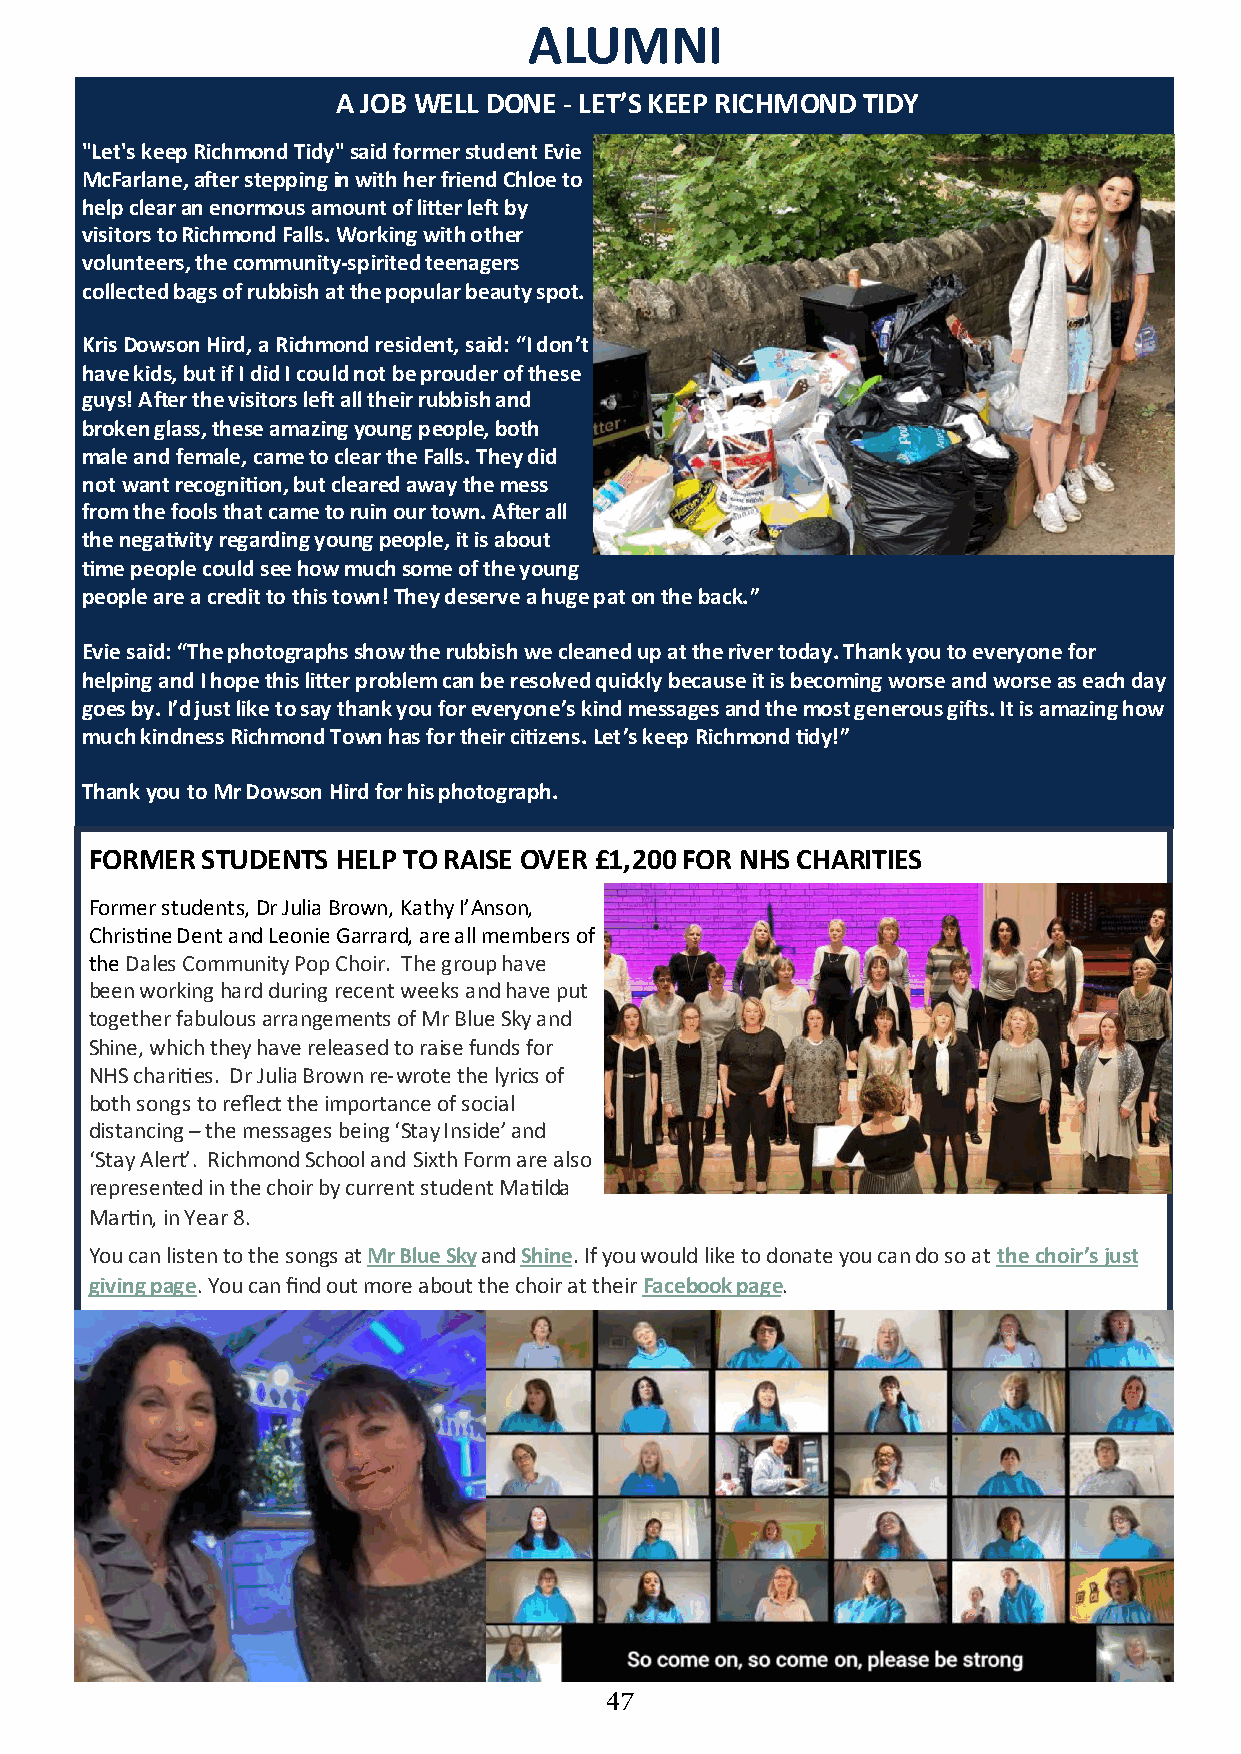
ALUMNI
 47474747474747
 -
 A JOB WELL DONE LET’S KEEP RICHMOND TIDY
 "Let's keep Richmond Tidy" said former student Evie
 McFarlane, after stepping in with her friend Chloe to
 help clear an enormous amount of litter left by
 visitors to Richmond Falls. Working with other
 -
 volunteers, the communityspirited teenagers
 collected bags of rubbish at the popular beauty spot.
 Kris Dowson Hird, a Richmond resident, said: “I don’t
 have kids, but if I did I could not be prouder of these
 guys! After the visitors left all their rubbish and
 broken glass, these amazing young people, both
 male and female, came to clear the Falls. They did
 not want recognition, but cleared away the mess
 from the fools that came to ruin our town. After all
 the negativity regarding young people, it is about
 time people could see how much some of the young
 people are a credit to this town! They deserve a huge pat on the back.”
 Evie said: “The photographs show the rubbish we cleaned up at the river today. Thank you to everyone for
 helping and I hope this litter problem can be resolved quickly because it is becoming worse and worse as each day
 goes by. I’d just like to say thank you for everyone’s kind messages and the most generous gifts. It is amazing how
 much kindness Richmond Town has for their citizens. Let’s keep Richmond tidy!”
 Thank you to Mr Dowson Hird for his photograph.
 FORMER STUDENTS HELP TO RAISE OVER £1,200 FOR NHS CHARITIES
 Former students, Dr Julia Brown, Kathy I’Anson,
 Christine Dent and Leonie Garrard, are all members of
 the Dales Community Pop Choir. The group have
 been working hard during recent weeks and have put
 together fabulous arrangements of Mr Blue Sky and
 Shine, which they have released to raise funds for
 -
 NHS charities. Dr Julia Brown re wrote the lyrics of
 both songs to reflect the importance of social
 distancing – the messages being ‘Stay Inside’ and
 ‘Stay Alert’. Richmond School and Sixth Form are also
 represented in the choir by current student Matilda
 Martin, in Year 8.
 You can listen to the songs at Mr Blue Sky and Shine. If you would like to donate you can do so at the choir’s just
 giving page. You can find out more about the choir at their Facebook page.
 47